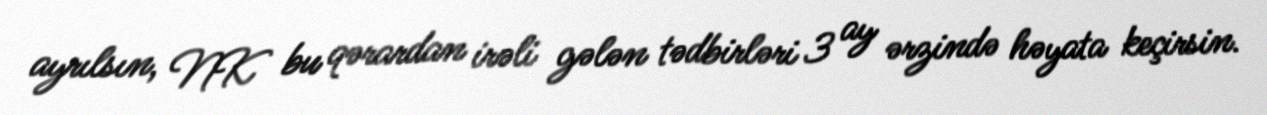
ayrılsın, NK bu qərardan irəli gələn tədbirləri 3 ay ərzində həyata keçirsin.